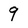
Character: 9